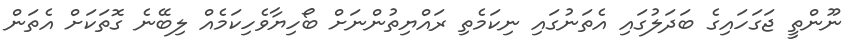
ނޫންތީ ޖަގަހައިގެ ބަދަލުގައި އެތަނުގައި ނިކަމެތި ރައްޔިތުންނަށް ބޯހިޔާވެހިކަމެއް ލިބޭނެ ގޮތަކަށް އެތަން